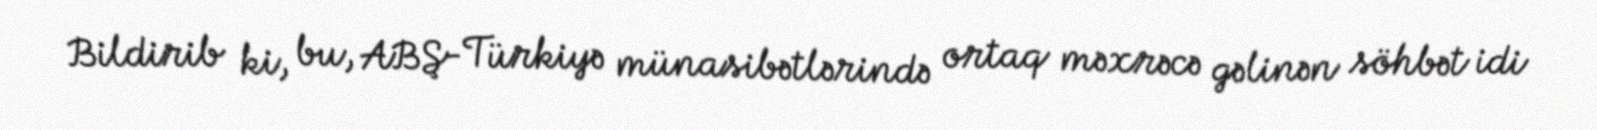
Bildirib ki, bu, ABŞ-Türkiyə münasibətlərində ortaq məxrəcə gəlinən söhbət idi